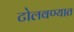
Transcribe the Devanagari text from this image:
टोलवण्यात